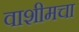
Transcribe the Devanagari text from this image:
वाशीमचा